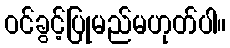
ဝင်ခွင့်ပြုမည်မဟုတ်ပါ။